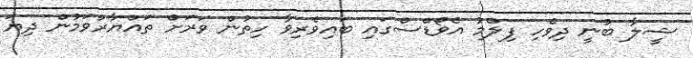
ޝީލާ ބުނީ ދިވެހި ފިލްމު އެވޯޑްސްގައި ބައިވެރިވާ ހިތުން ވަރަށް ތައްޔާރުވަމުން ދިޔަ